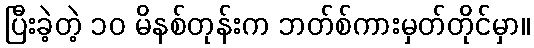
ပြီးခဲ့တဲ့ ၁၀ မိနစ်တုန်းက ဘတ်စ်ကားမှတ်တိုင်မှာ။